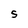
Character: S